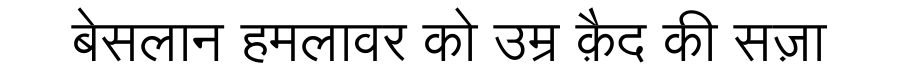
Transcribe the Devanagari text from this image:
बेसलान हमलावर को उम्र क़ैद की सज़ा